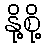
နို့စို့